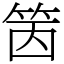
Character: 䇧